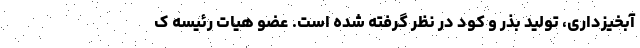
آبخیزداری، تولید بذر و کود در نظر گرفته شده است. عضو هیات رئیسه ک